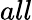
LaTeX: all